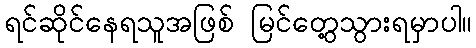
ရင်ဆိုင်နေရသူအဖြစ် မြင်တွေ့သွားရမှာပါ။